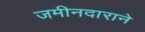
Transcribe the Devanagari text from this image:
जमीनदाराने